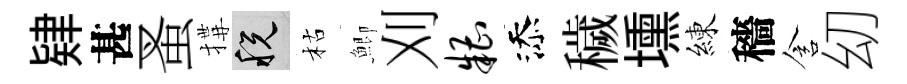
肄甚蚤搆税枯鯽刈糟添穢壎練穡含㓜